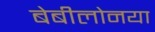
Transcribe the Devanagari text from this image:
बेबीलोनया